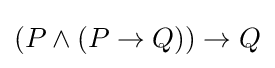
(P\wedge (P\to Q))\to Q